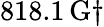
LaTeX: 818.1\, \mathrm{G}\dagger